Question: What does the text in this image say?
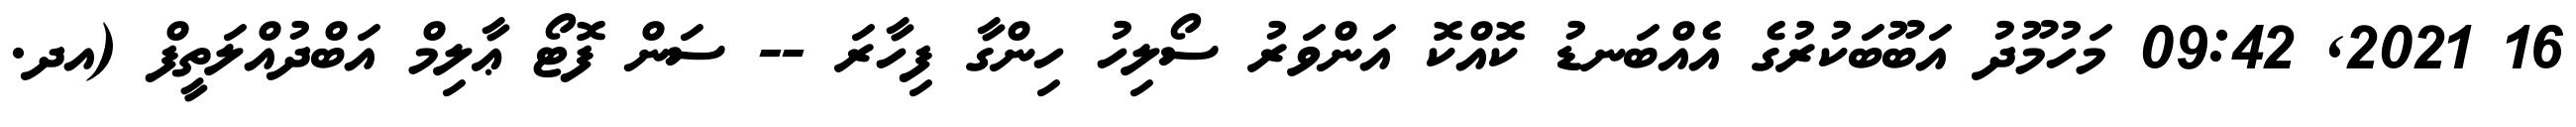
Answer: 16 2021, 09:42 މަހުމޫދު އަބޫބަކުރުގެ އެއްބަނޑު ކޮއްކޮ އަންވަރު ސޯލިހު ހިންގާ ފިހާރަ -- ސަން ފޮޓޯ ޢާލިމް އަބްދުއްލަތީފް (އދ.